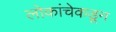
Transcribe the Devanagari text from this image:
लोकांचेकडून